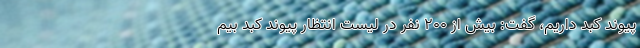
پیوند کبد داریم، گفت: بیش از ۲۰۰ نفر در لیست انتظار پیوند کبد بیم